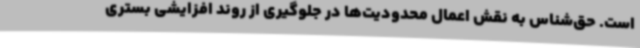
است. حق‌شناس به نقش اعمال محدودیت‌ها در جلوگیری از روند افزایشی بستری